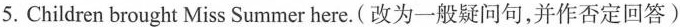
5.Children brought Miss Summer here.(改为一般疑问句,并作否定回答)